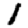
Digit: 1